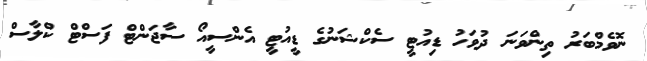
ނޮވެމްބަރު ތިންވަނަ ދުވަހު ޑިއުޓީ ސެކްޝަނުގެ ޑީއުޓީ އެންސީއޯ ސާޖަންޓް ފަސްޓް ކްލާސް